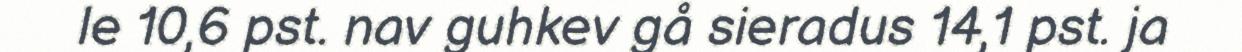
le 10,6 pst. nav guhkev gå sieradus 14,1 pst. ja